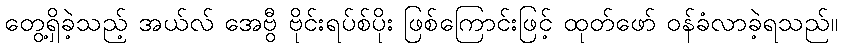
တွေ့ရှိခဲ့သည့် အယ်လ် အေဗွီ ဗိုင်းရပ်စ်ပိုး ဖြစ်ကြောင်းဖြင့် ထုတ်ဖော် ဝန်ခံလာခဲ့ရသည်။